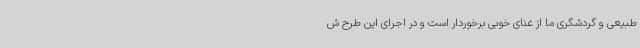
طبیعی و گردشگری ما از غنای خوبی برخوردار است و در اجرای این طرح ش